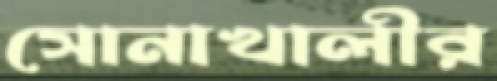
সোনাখালীর